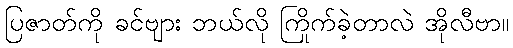
ပြဇာတ်ကို ခင်ဗျား ဘယ်လို ကြိုက်ခဲ့တာလဲ အိုလီဗာ။